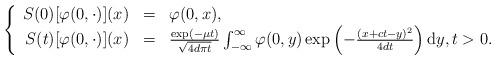
LaTeX: \begin{align*}\left\{\begin{array}{rcl}S(0)[\varphi(0,\cdot)](x) & = & \varphi(0,x), \\S(t)[\varphi(0,\cdot)](x) & = & \frac{\exp(-\mu t)}{\sqrt{4d\pi t}}\int_{-\infty}^\infty\varphi(0,y)\exp\left(-\frac{(x+ct-y)^2}{4dt}\right){\rm d}y,t >0.\end{array}\right.\end{align*}